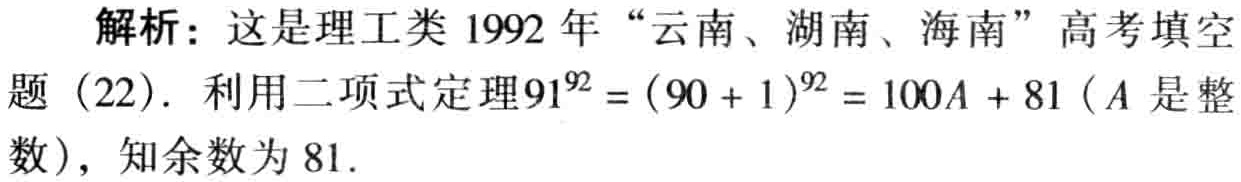
解析：这是理工类 1992 年 “云南、湖南、海南” 高考填空题（22）. 利用二项式定理\(91^{92}=(90 + 1)^{92}=100A + 81\)（\(A\)是整数）, 知余数为 81.